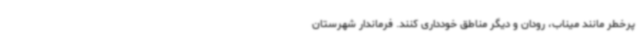
پرخطر مانند میناب، رودان و دیگر مناطق خودداری کنند. فرماندار شهرستان